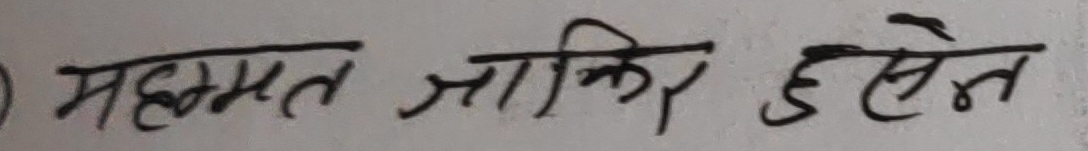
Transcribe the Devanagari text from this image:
महममत जाकिर हुसेन